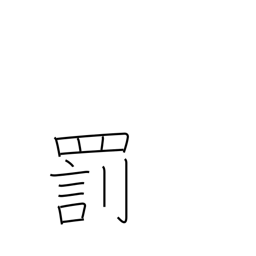
Meaning: penalty